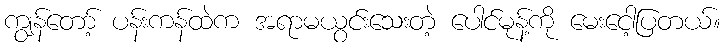
ကျွန်တော့် ပန်းကန်ထဲက အရာမယွင်းသေးတဲ့ ပေါင်မုန့်ကို မေးငေါ့ပြတယ်။